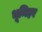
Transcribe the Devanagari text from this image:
भूमिहर